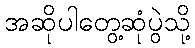
အဆိုပါတွေ့ဆုံပွဲသို့